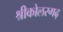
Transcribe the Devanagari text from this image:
श्रीकोलरगढ़